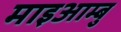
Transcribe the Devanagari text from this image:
माइआम्बु